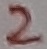
Text: 2